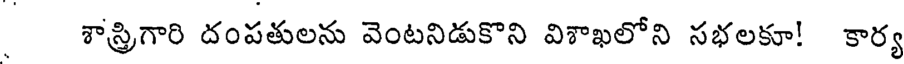
శాస్త్రిగారి దంపతులను వెంటనిడుకొని విశాఖలోని సభలకూ! కార్య